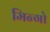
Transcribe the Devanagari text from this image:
मिन्गो